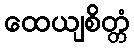
ထေယျစိတ္တံ